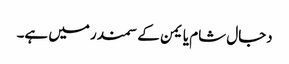
دجال شام یا یمن کے سمندر میں ہے۔